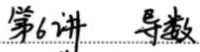
第6讲 导数